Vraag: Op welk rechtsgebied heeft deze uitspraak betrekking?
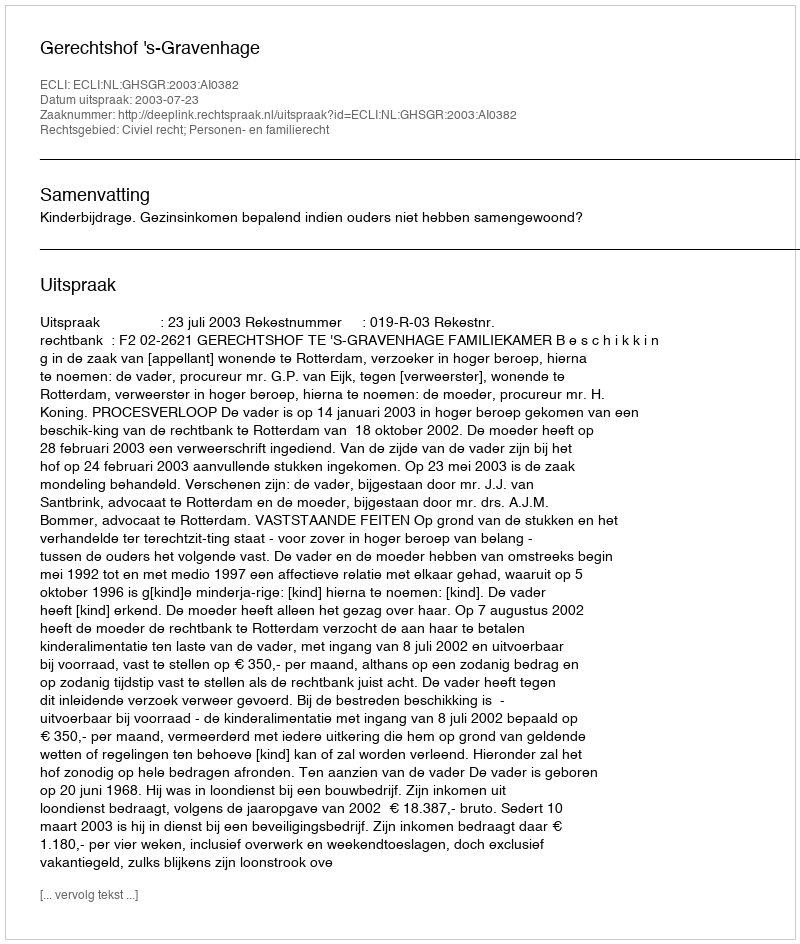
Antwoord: Civiel recht; Personen- en familierecht